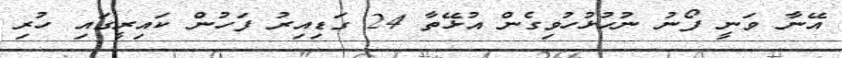
އޭނާ ވަނީ ފޯނު ނުހުޅުހުވިގެން އުޅޭތާ 24 ގަޑިއިރު ފަހުން ކައިރީގައި ހުރި